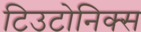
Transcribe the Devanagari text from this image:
टिउटोनिक्स